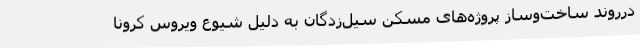
درروند ساخت‌وساز پروژه‌های مسکن سیل‌زدگان به دلیل شیوع ویروس کرونا